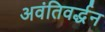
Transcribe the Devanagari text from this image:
अवंतिवर्द्धन